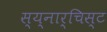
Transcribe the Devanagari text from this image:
स्य्नार्चिस्ट